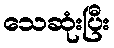
သေဆုံးပြီး